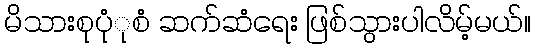
မိသားစုပုံုစံ ဆက်ဆံရေး ဖြစ်သွားပါလိမ့်မယ်။